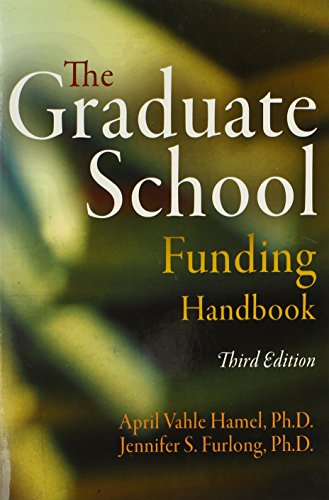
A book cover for The Graduate School Funding Handbook; April Vahle Hamel; Education & Teaching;